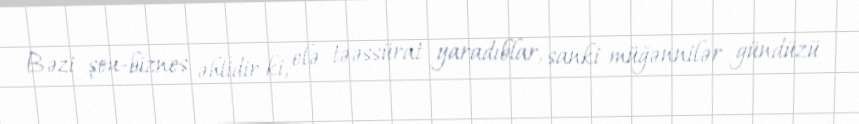
Bəzi şou-biznes əhlidir ki, elə təəssürat yaradıblar, sanki müğənnilər gündüzü